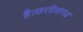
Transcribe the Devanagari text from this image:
है।छत्तीसगढ